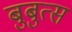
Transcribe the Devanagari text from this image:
बुबुत्स